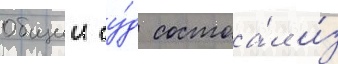
Общии су́д состоа́л и́з